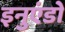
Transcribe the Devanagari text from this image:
इनुएंडो